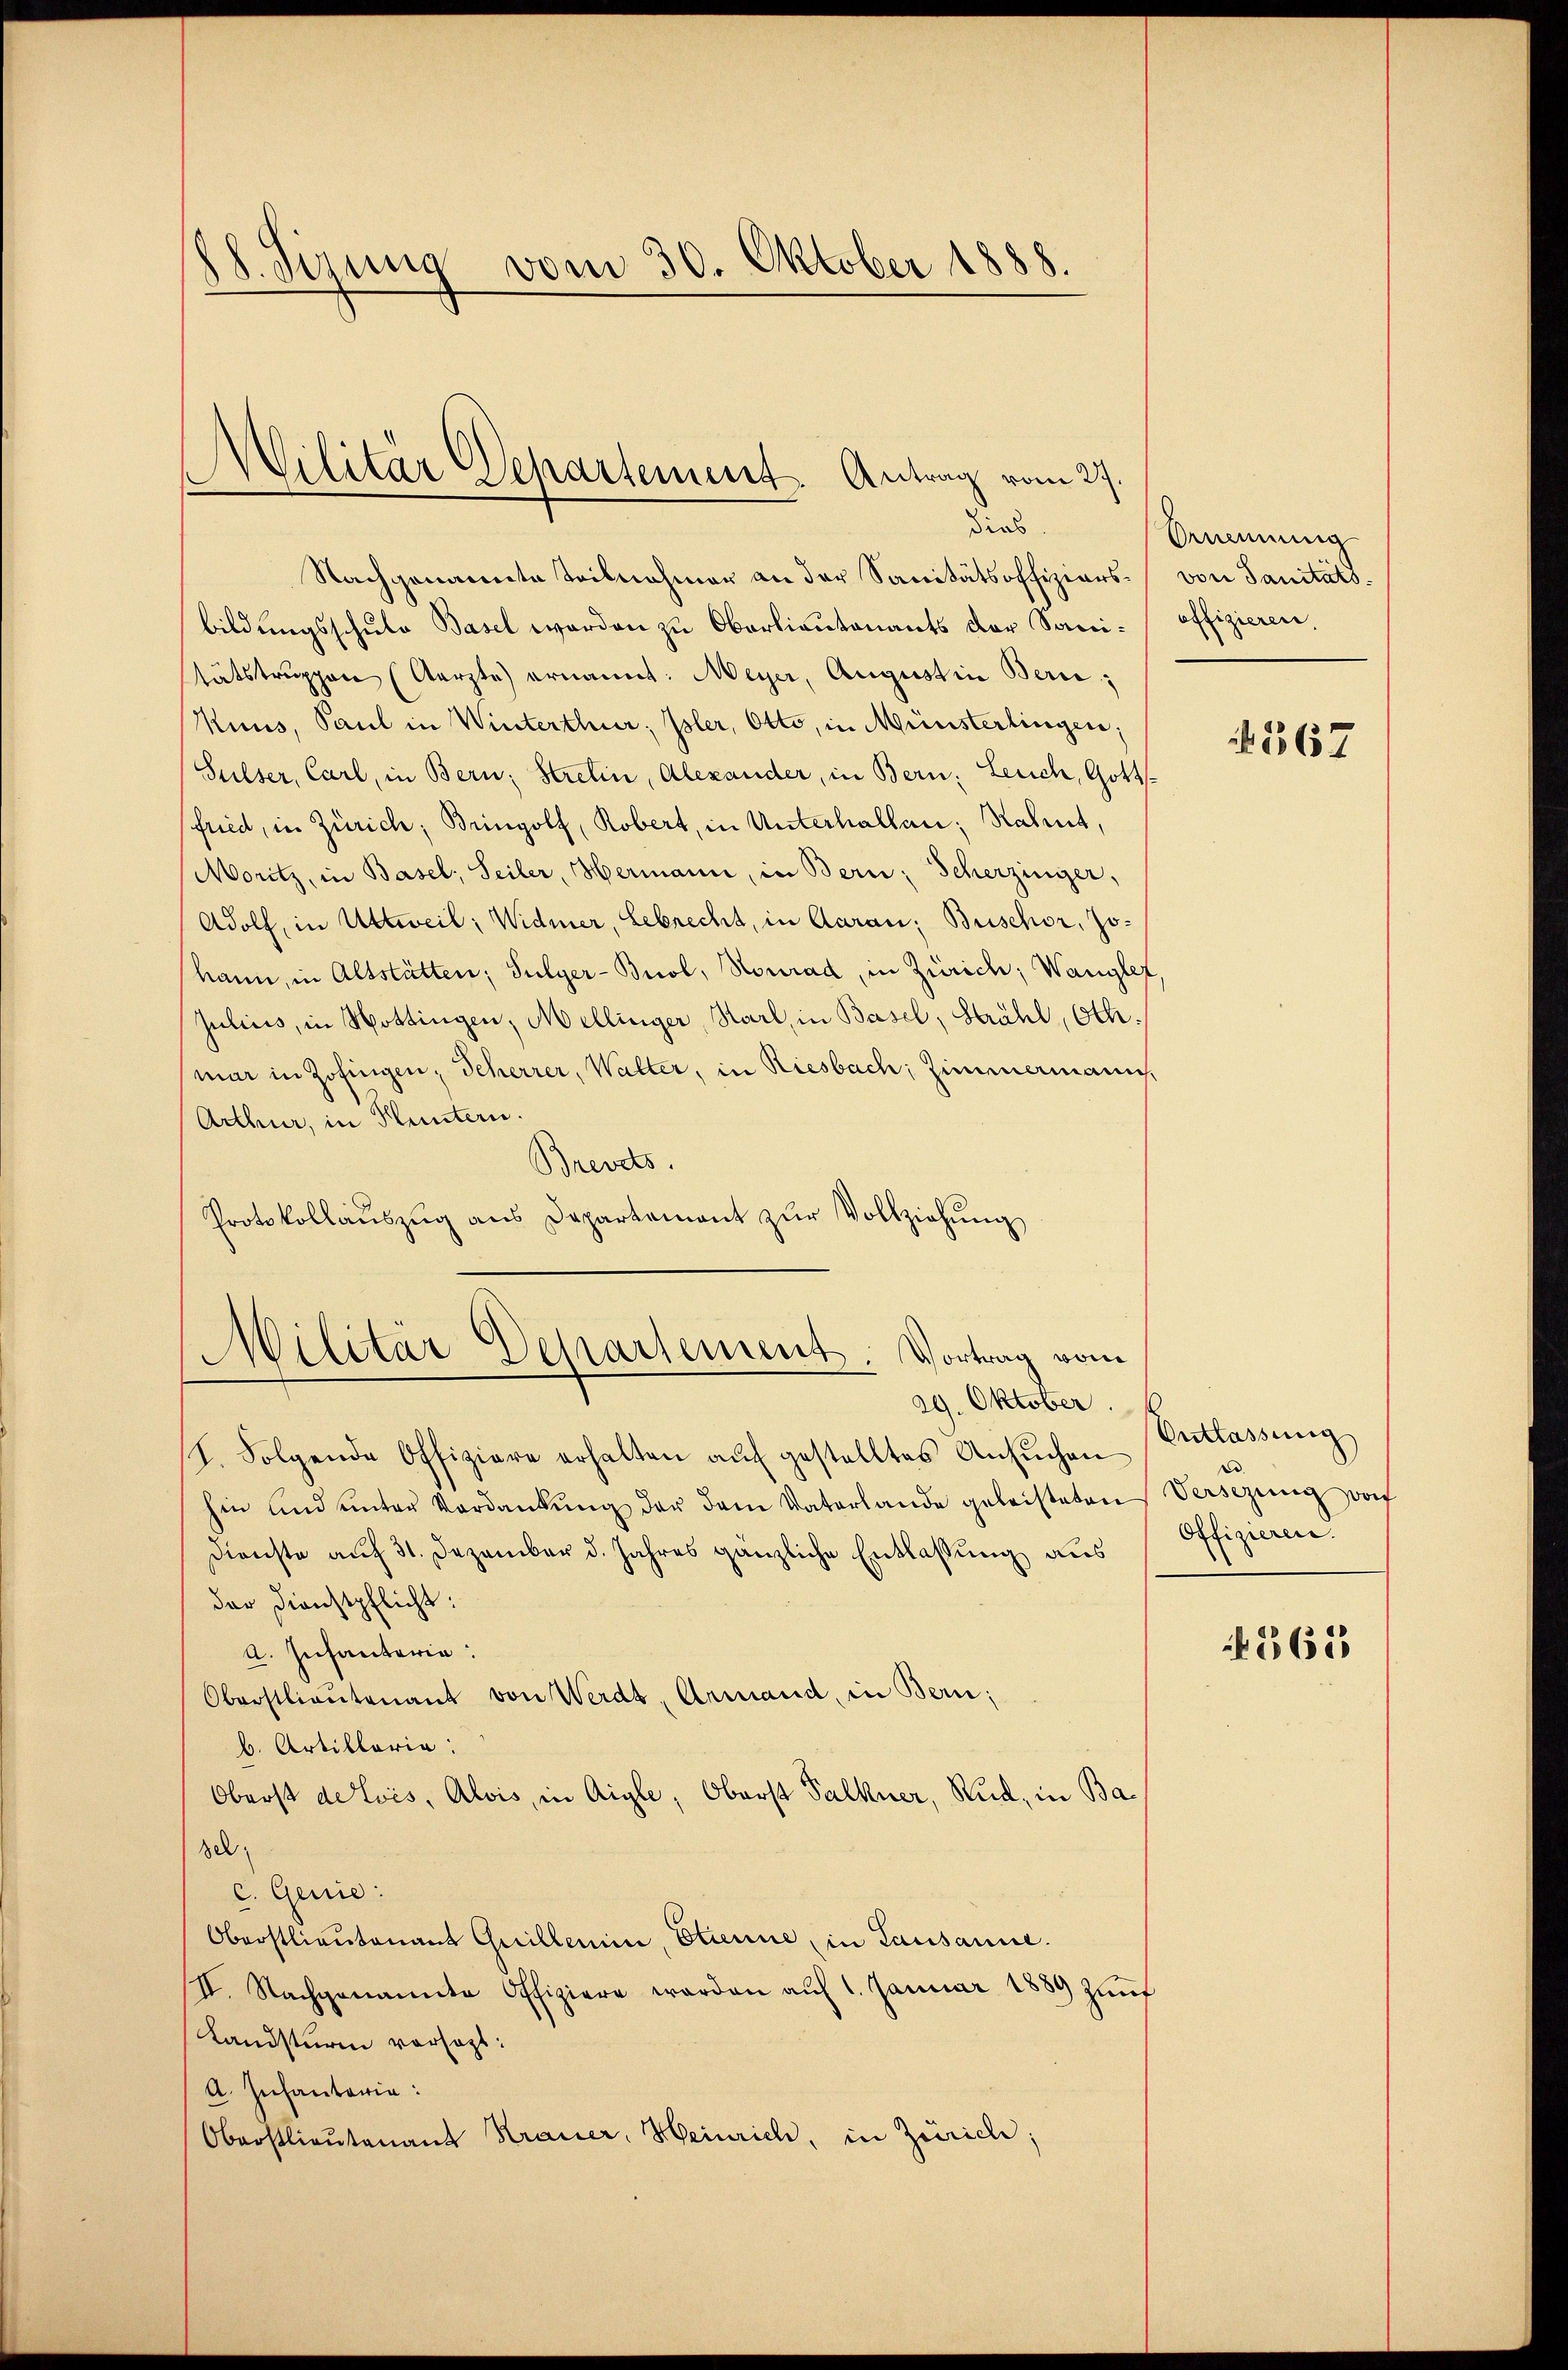
8. Sirna vom 30. Oktober 1888.

Militär Departement. Antrag vom 27.

dies
Nachgenannte Teilnahmer an der Sanitätsoffiziers von Sanitätsbildungsschule Basel werden zu Oberlieutenants der Sanitätstruppen (Aerzte ernannt: Meyer, August in Bern;
Muns, Paul in Winterthur; Isler, Otto, in Münsterlingen;
Sulser, Carl, in Bern; Strelin, Alexander, in Bern, Leuch, Gottfried, in Zürich; Bringolf, Robert, in Unterhallen; Nahmt,
Moritz, in Basel, Seiler, Hermann, in Bern; Scherzinger,
Adolf, in Uttweil; Widmer, Lebrecht, in Aarau; Buschor, Jo¬
(kann, in Altstätten; Sulyer-Buol, Konrad, in Zürich; Wanglet,
Julius, in Hottingen, Mellinger, Karl, in Basel, Strahl, Oth:
mar in Zofingen, Seherrer, Walter, in Riesbach, Zimmermann,
Arthur, in Huntern.
Brerds.
Protokollaŭszŭg ans Departement zŭr Vollziehŭng

Militär Departement. Vortrag vom
29. Oktober.

Ornennung
offizieren.

I. Folgende Offiziere erhalten aŭf gestelltes Ansŭchen
hin und unter Verdankŭng der dem Vaterlande geleisteten Versezung von
Dienste auf 31. Dezember d. Jahres gänzliche Entlassung aus
dar Dienstpflicht:
a. Infanterie:
Oberstlieutenant von Werdt, Armand, in Bern;
b. Artillaria:
Oberst de lois, Alois, in Aigle, Oberst Falkner, Rud, in Basel
c. Genie:
Oberstlieutenant Guillerien, Etienne, in Lausanne.
II. Nachgenannte Offiziere werden aŭf 1. Januar 1889 zŭnf
Landsturm versagt:
A. Infantaria:
Oberstlieutenant Krauer, Heinrich, in Zürich;

1367

Entlassung
Offizieren.

265